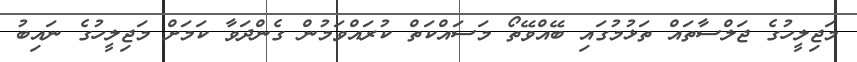
މަޖިލީހުގެ ޖަލްސާތައް ތަޅުމުގައި ބޭއްވޭތޯ މަސައްކަތް ކުރައްވަމުން ގެންދަވާ ކަމަށް މަޖިލީހުގެ ނައިބު